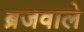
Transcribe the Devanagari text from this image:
ब्रजवाले